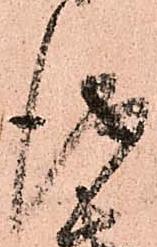
儀